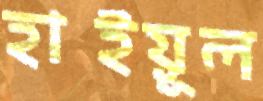
হাইয়ূল